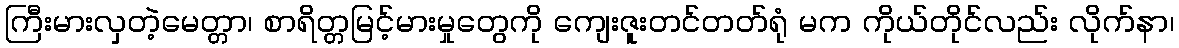
ကြီးမားလှတဲ့မေတ္တာ၊ စာရိတ္တမြင့်မားမှုတွေကို ကျေးဇူးတင်တတ်ရုံ မက ကိုယ်တိုင်လည်း လိုက်နာ၊